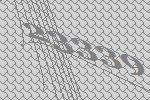
23339